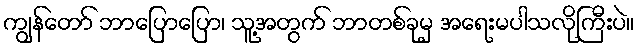
ကျွန်တော် ဘာပြောပြော၊ သူ့အတွက် ဘာတစ်ခုမှ အရေးမပါသလိုကြီးပဲ။